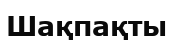
Шақпақты